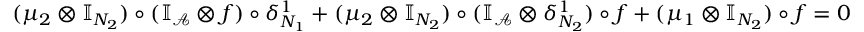
\begin{array} { r } { ( \mu _ { 2 } \otimes \mathbb { I } _ { N _ { 2 } } ) \circ ( \mathbb { I } _ { \mathcal { A } } \otimes f ) \circ \delta _ { N _ { 1 } } ^ { 1 } + ( \mu _ { 2 } \otimes \mathbb { I } _ { N _ { 2 } } ) \circ ( \mathbb { I } _ { \mathcal { A } } \otimes \delta _ { N _ { 2 } } ^ { 1 } ) \circ f + ( \mu _ { 1 } \otimes \mathbb { I } _ { N _ { 2 } } ) \circ f = 0 } \end{array}